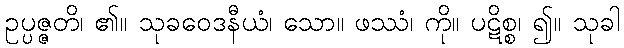
ဥပ္ပဇ္ဇတိ၊ ၏။ သုခဝေဒနီယံ၊ သော။ ဖဿံ၊ ကို။ ပဋိစ္စ၊ ၍။ သုခါ